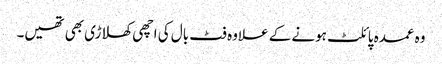
وہ عمدہ پائلٹ ہونے کے علاوہ فٹ بال کی اچھی کھلاڑی بھی تھیں۔